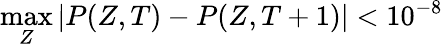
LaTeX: \operatorname*{max}_{Z}|P(Z,T)-P(Z,T+1)|<10^{-8}